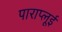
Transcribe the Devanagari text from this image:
पाराप्लूई